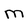
Character: M